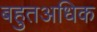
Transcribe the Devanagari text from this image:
बहुतअधिक